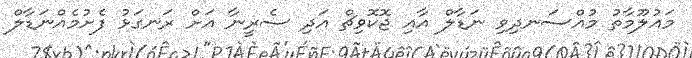
މައުލޫމާތު މުއްސަނދިވި ނަޑާލް އާއި ޖޮކޮވިޗް އަދި ސެރީނާ އަށް ރަނގަޅު ފެށުމެއްނަޑާލް